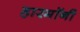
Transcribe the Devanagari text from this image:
हारमॉनी